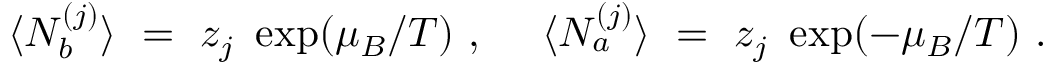
\langle N _ { b } ^ { ( j ) } \rangle ~ = ~ z _ { j } ~ \exp ( \mu _ { B } / T ) ~ , ~ ~ ~ ~ \langle N _ { a } ^ { ( j ) } \rangle ~ = ~ z _ { j } ~ \exp ( - \mu _ { B } / T ) ~ .